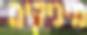
מיניקים